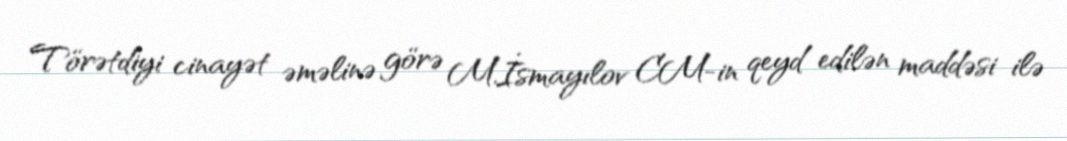
Törətdiyi cinayət əməlinə görə M.İsmayılov CM-in qeyd edilən maddəsi ilə